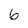
Character: 6